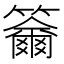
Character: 𥷄